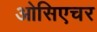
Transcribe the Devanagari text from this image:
ओसिएचर